Lunatic asylums in Bengal annual reports 1888-1898 - 1888-1898
Year: 1888
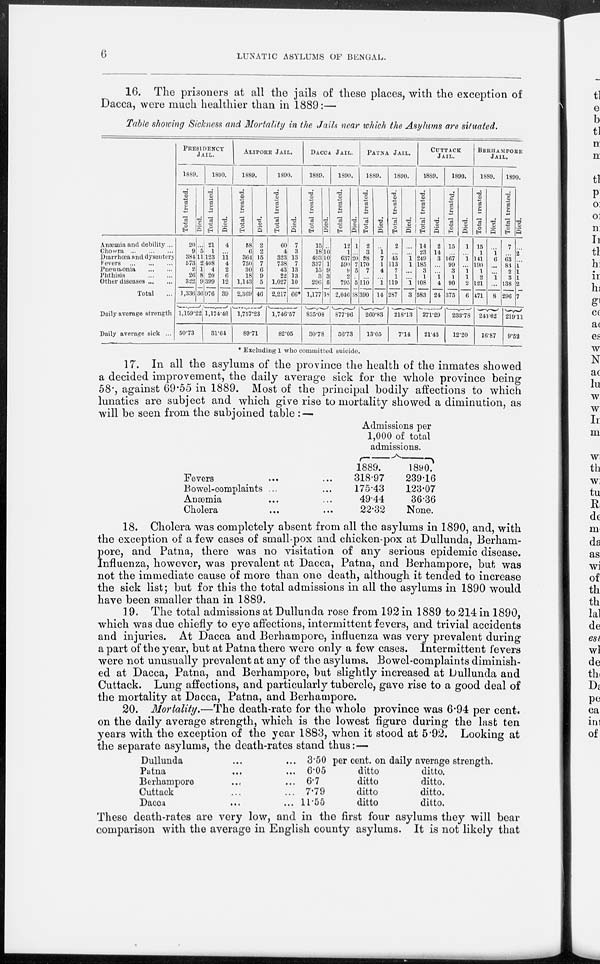
6
LUNATIC ASYLUMS OF BENGAL.
16. The prisoners at all the jails of these places, with the exception of
Dacca, were much healthier than in 1889:—
Table showing Sickness and Mortality in the Jails near which the Asylums are situated.
Anæmia and debility ...
Cholera
...
...
...
Diarrhœa and dysentery
Fevers
...
...
...
Pneumonia ... ... ...
Phthisis
...
...
...
Other diseases
...
...
Total ... ...
Daily average strength
Daily average sick ...
PRESIDENCY
JAIL.
1889.
Total treated.
20
9
384
573
2
26
322
1,336
Died.
...
5
11
2
1
8
9
36
1,159.22
50.73
1890.
Total treated.
21
1
123
408
4
20
399
976
Died.
4
11
4
2
6
12
39
1,174.46
31.64
ALIPORE JAIL.
1889.
Total treated.
58
6
364
750
30
18
1,143
2,369
Died.
2
2
15
7
6
9
5
46
1,757.23
89.71
1890.
Total treated.
60
4
323
738
43
22
1,027
2,217
Died.
7
3
13
7
13
13
10
66*
1.746.57
82.05
DACCA JAIL.
1889.
Total treated.
15
18
493
337
15
3
290
1,177
Died.
..
10
10
1
9
3
5
38
835.08
30.78
1890.
Total treated.
12
1
637
590
9
2
795
2,046
Died.
1
...
20
7
5
...
5
38
877.96
56.73
PATNA JAIL.
1889.
Total treated.
2
3
98
170
7
...
110
390
Died.
..
1
7
1
4
...
1
14
260.83
13.05
1890.
Total treated.
2
...
45
113
7
1
119
287
Died.
...
...
1 1
...
...
1
3
218.13
7.14
CUTTACK
JAIL.
1889.
Total treated.
14
23
249
185
3
1
108
583
Died.
2
14
3
...
...
1
4
24
271.29
21.43
1890.
Total treated.
15
...
167
99
3
1
90
375
Died.
1
...
1
...
1
1
2
6
233.78
12.20
BERHAMPORE
JAIL.
1889.
Total treated.
15
1
141
190
1
2
121
471
Died.
...
1
6
...
...
1
...
8
243.62
16.87
1890.
Total treated.
7
...
63
83
2
3
138
296
Died.
...
2
...
1
1
1
2
7
219.11
9.52
* Excluding 1 who committed suicide.
17. In all the asylums of the province the health of the inmates showed
a decided improvement, the daily average sick for the whole province being
58., against 69.55 in 1889. Most of the principal bodily affections to which
lunatics are subject and which give rise to mortality showed a diminution, as
will be seen from the subjoined table : —
Fevers ... ...
Bowel-complaints ... ...
Anæmia ... ...
Cholera ... ...
Admissions per
1,000 of total
admissions.
1889.
318.97
175.43
49.44
22.32
1890.
239.16
123.07
36.36
None.
18. Cholera was completely absent from all the asylums in 1890, and, with
the exception of a few cases of small-pox and chicken-pox at Dullunda, Berham-
pore, and Patna, there was no visitation of any serious epidemic disease.
Influenza, however, was prevalent at Dacca, Patna, and Berhampore, but was
not the immediate cause of more than one death, although it tended to increase
the sick list; but for this the total admissions in all the asylums in 1890 would
have been smaller than in 1889.
19. The total admissions at Dullunda rose from 192 in 1889 to 214 in 1890,
which was due chiefly to eye affections, intermittent fevers, and trivial accidents
and injuries. At Dacca and Berhampore, influenza was very prevalent during
a part of the year, but at Patna there were only a few cases. Intermittent fevers
were not unusually prevalent at any of the asylums. Bowel-complaints diminish-
ed at Dacca, Patna, and Berhampore, but slightly increased at Dullunda and
Cuttack. Lung affections, and particularly tubercle, gave rise to a good deal of
the mortality at Dacca, Patna, and Berhampore.
20. Mortality.—The death-rate for the whole province was 6.94 per cent.
on the daily average strength, which is the lowest figure during the last ten
years with the exception of the year 1883, when it stood at 5.92. Looking at
the separate asylums, the death-rates stand thus:—
Dullunda
...
... 350 per cent. on daily average strength.
Patna
...
... 6.05
ditto
ditto.
Berhampore
...
... 6.7
ditto
ditto.
Cuttack
...
... 7.79
ditto
ditto.
Dacca
...
... 11.55
ditto
ditto.
These death-rates are very low, and in the first four asylums they will bear
comparison with the average in English county asylums. It is not likely that